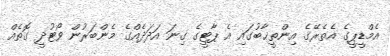
އެމްޑީޕީގެ އެތެރޭގެ އިންތީޚާބުގައި އެ ޕާޓީގެ ގިނަ އަދަދެއްގެ މެންބަރުން ވޯޓުދީ ގޮތެއް